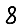
Digit: 8